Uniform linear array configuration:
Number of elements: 8
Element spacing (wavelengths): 0.75
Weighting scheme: uniform
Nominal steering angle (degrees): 45
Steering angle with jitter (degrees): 46.837
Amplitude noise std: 0.05
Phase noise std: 0.05

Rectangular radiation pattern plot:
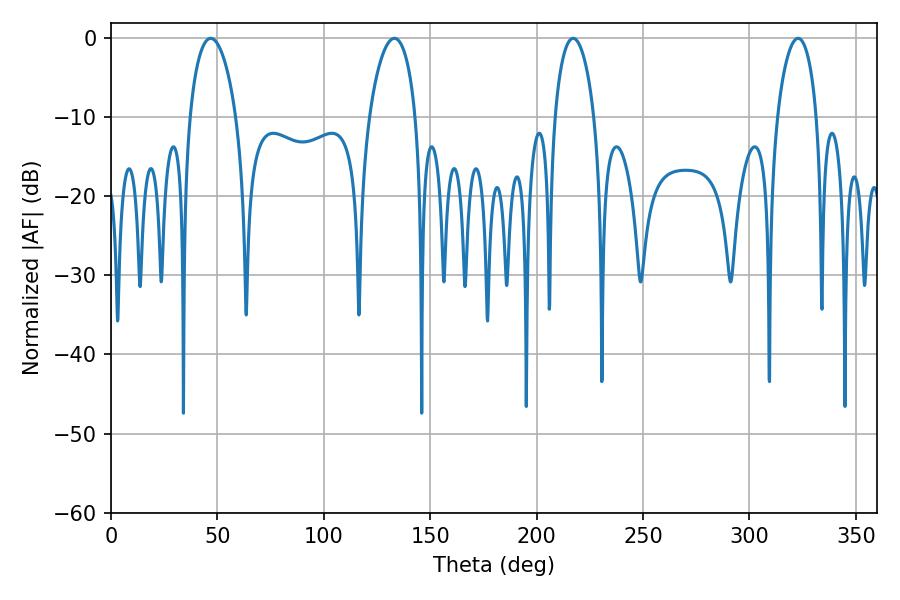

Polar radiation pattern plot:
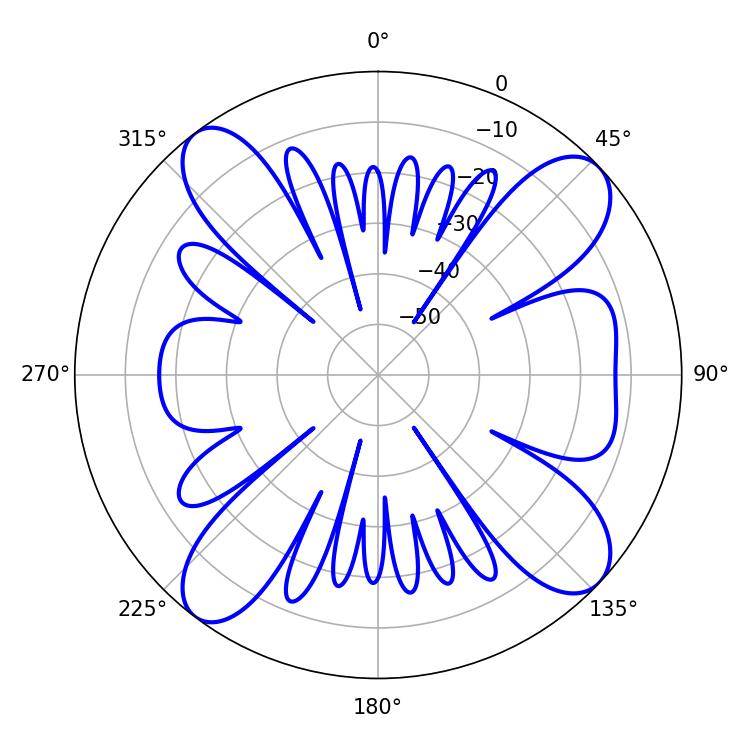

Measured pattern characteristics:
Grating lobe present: TRUE
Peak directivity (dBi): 12.236
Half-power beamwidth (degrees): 12.42
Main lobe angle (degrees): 46.8